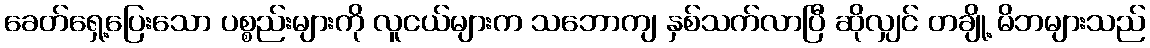
ခေတ်ရှေ့ပြေးသော ပစ္စည်းများကို လူငယ်များက သဘောကျ နှစ်သက်လာပြီ ဆိုလျှင် တချို့ မိဘများသည်